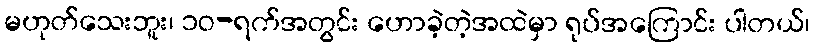
မဟုတ်သေးဘူး၊ ၁၀-ရက်အတွင်း ဟောခဲ့တဲ့အထဲမှာ ရုပ်အကြောင်း ပါတယ်၊